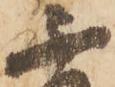
不